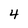
Character: 4